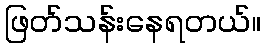
ဖြတ်သန်းနေရတယ်။